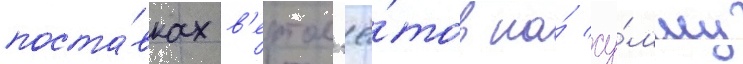
поста́вках в'ертол'ё́тов на́ су́мму